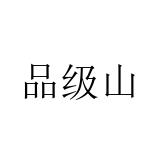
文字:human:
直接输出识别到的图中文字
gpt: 品级山